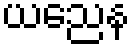
ယညေန